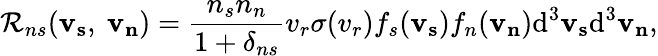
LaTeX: \mathcal{R}_{ns}(\mathbf{{v_{s}}},\ \mathbf{{v_{n}}})=\frac{{n_{s}n_{n}}}{{1+\delta_{ns}}}v_{r}\sigma(v_{r})f_{s}(\mathbf{{v_{s}}})f_{n}(\mathbf{{v_{n}}})\mathrm{{d}}^{3}\mathbf{{v_{s}}}\mathrm{{d}}^{3}\mathbf{{v_{n}}},